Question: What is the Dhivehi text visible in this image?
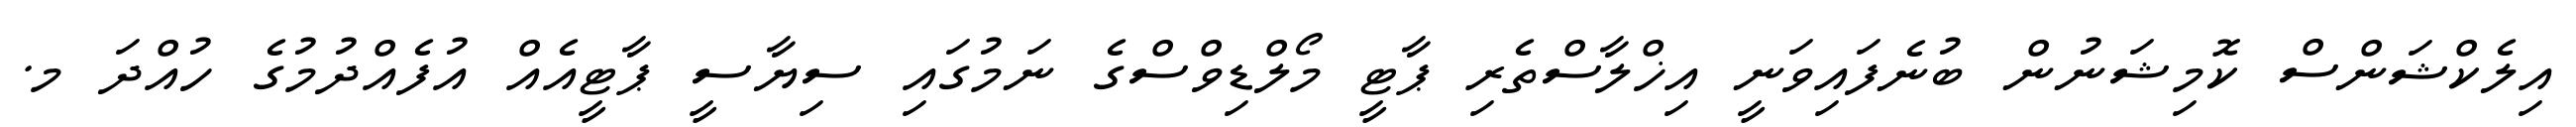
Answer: އިލެކްޝަންސް ކޮމިޝަނުން ބުނެފައިވަނީ އިޚްލާސްތެރި ޕާޓީ މޯލްޑިވްސްގެ ނަމުގައި ސިޔާސީ ޕާޓީއެއް އުފެއްދުމުގެ ހުއްދަ މ.